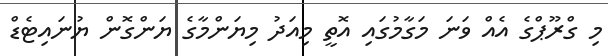
މި ގްރޫޕްގެ އެއް ވަނަ މަގާމުގައި އޮތީ މިއަދު މިޔަންމާގެ ޔަންގޮން ޔުނައިޓެޑް